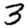
Digit: 3